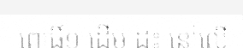
ពោធិ៍១ ដើម ដុះ នៅលើ